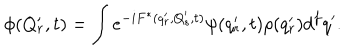
\phi ( Q _ { r } ^ { \prime } , t ) = \int e ^ { - i F ^ { * } ( q _ { r } ^ { \prime } , Q _ { s } ^ { \prime } , t ) } \psi ( q _ { r } ^ { \prime } , t ) \rho ( q _ { r } ^ { \prime } ) d ^ { f } q ^ { \prime } .